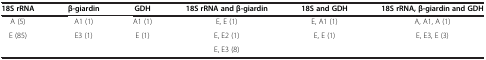
<table><thead><tr><td><b>18S rRNA</b></td><td><b>β-giardin</b></td><td><b>GDH</b></td><td><b>18S rRNA and β-giardin</b></td><td><b>18S and GDH</b></td><td><b>18S rRNA, β-giardin and GDH</b></td></tr></thead><tbody><tr><td>A (5)</td><td>A1 (1)</td><td>A1 (1)</td><td>E, E (1)</td><td>E, A1 (1)</td><td>A, A1, A (1)</td></tr><tr><td>E (85)</td><td>E3 (1)</td><td>E (1)</td><td>E, E2 (1)</td><td>E, E (1)</td><td>E, E3, E (3)</td></tr><tr><td> </td><td> </td><td> </td><td>E, E3 (8)</td><td> </td><td> </td></tr></tbody></table>